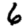
Digit: 6